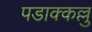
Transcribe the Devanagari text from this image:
पडाक्कल्लु